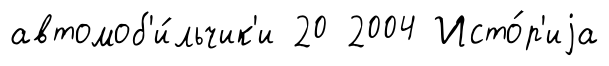
автомоб'и́льчик'и 20 2004 Исто́р'иjа